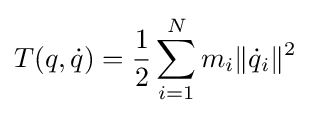
T(q,{\dot {q}})={\frac {1}{2}}\sum _{i=1}^{N}m_{i}\|{\dot {q}}_{i}\|^{2}